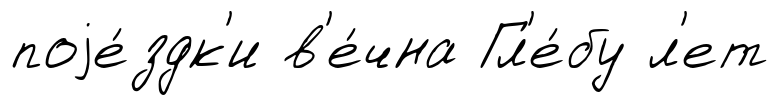
поjе́здк'и в'е́чна Гл'е́бу л'ет